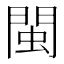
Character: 閩